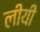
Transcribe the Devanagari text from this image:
लीयी